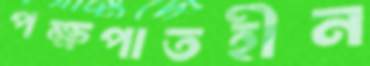
পক্ষপাতহীন